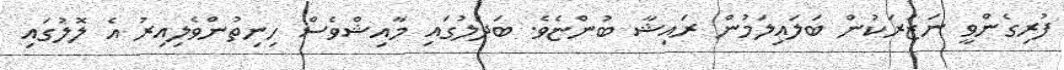
ފުރިގެންވީ ނަޒަރަކުން ބަލައިލަމުން ރައިޝާ ބުންޏެވެ. ބަދަލުގައި މާއިޝްވެސް ހިނިތުންވެލިއިރު އެ ލޮލުގައި